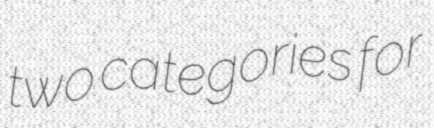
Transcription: two categories for